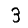
Digit: 3